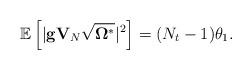
LaTeX: \begin{align*}\mathbb{E}\left[|\mathbf{g}\mathbf{V}_{N}\sqrt{\mathbf{\Omega}^{\ast}}|^2\right] = (N_t - 1)\theta_1.\end{align*}